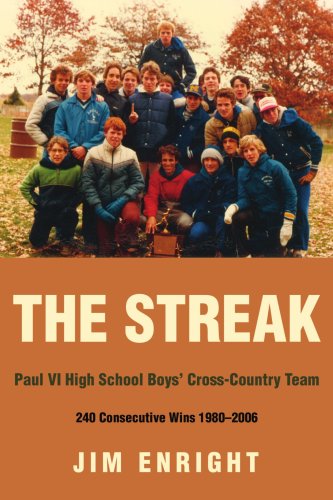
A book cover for The Streak: Paul VI High School Boys' Cross-Country Team 240 Consecutive Wins 1980-2006; Jim Enright; Computers & Technology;